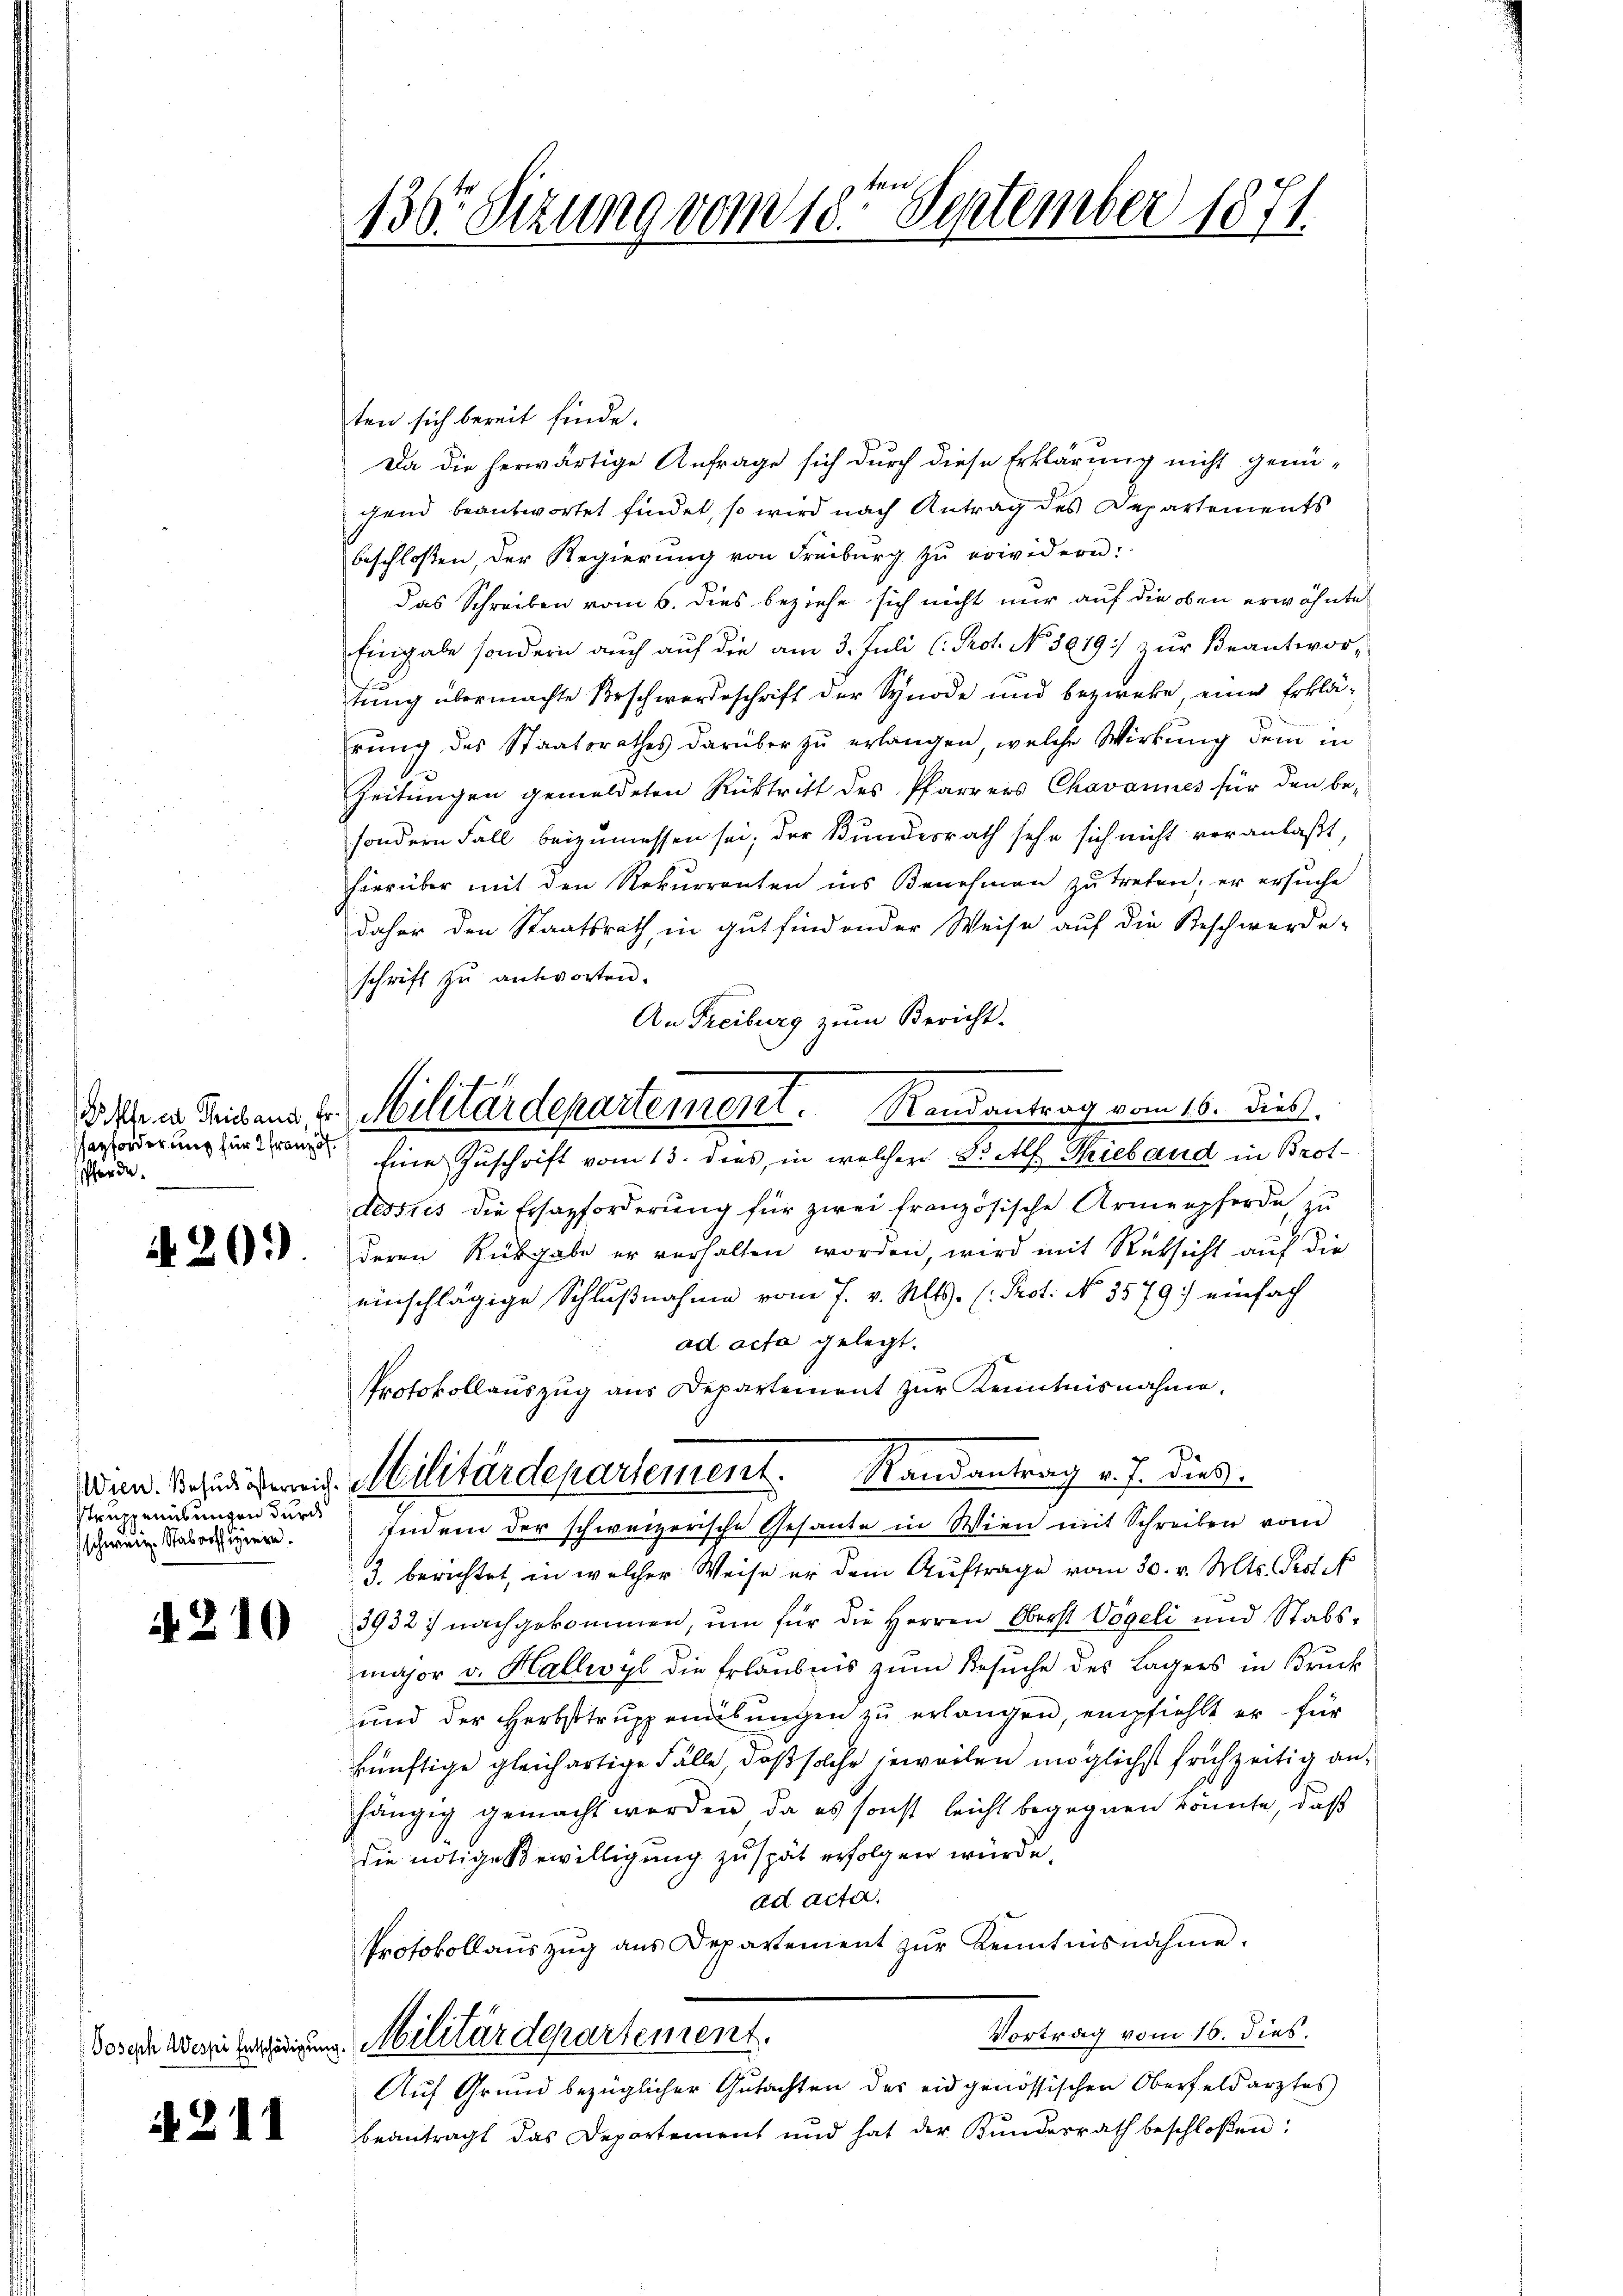
azforderung für 2 Französ.
fherde.

4. 209

struppenübungen durch
schweiz. Stabsoffiziere.

A 210

Joseph Wespei Entschädigung

A. 211

130r Sitzung vom 18ten September 1871.

ten sich bereit finde.
Da die herwärtige Anfrage sich durch diese Erklärung nicht genü-
gend beantwortet findet, so wird nach Antrag des Departements
beschlossen, der Regierung von Freiburg zu erwidern:
das Schreiben vom 6. dies beziehe sich nicht nur auf die oben erwähnte
Eingabe sondern auch auf die am 3. Juli (Prot. No. 5619:/ zur Beantwor-
tung übermachte Beschwerdeschrift der Synode und bezweke, eine Erklährung des Staatsrathes darüber zu erlangen, welche Wirkung dem in
Zeitungen gemeldeten Rücktritt des Pfarrers Chavannes für den be-
sondern Fall beizumessen sei; der Bundesrath sehe sich nicht veranlaßt,
hierüber mit den Rekurrenten ins Benehmen zu treten; er ersuche
daher den Staatsrath, in gut findender Weise auf die Beschwerde-
schrift zu antworten.
An Freiburg zum Bericht.
Eine Zuschrift vom 13. dies, in welcher Balf Tieband in Brot-
desstis die Ersazforderung für zwei französische Armenpferde zu
deren Rückgabe er verhalten worden, wird mit Rücksicht auf die
einschlägige Schlußnahme vom 7. v. Mts. (: Prot. No 3579) einfach
ad acta gelegt.
Protokollauszug aus Departement zur Kenntnisnahme,
en. Besuch gereit. Militärdepartement. Randantrag v. J. dies
Indem der schweizerische Gesante in Wien mit Schreiben vom
3. berichtet, in welcher Weise er dem Auftrage vom 30. v. Mts. Prof. F
3932) nachgekommen, um für die Herren Oberst Vögeli und Stabs-
major v. Hallwyl die Erlaubnis zum Besuche des Lagers in Bruck
und der Herbsttrŭppenabŭngen zŭ erlangen, empfiehlt er für
künftige gleichartige Fälle, daß solche jeweilen möglichst frühzeitig anhängig gemacht worden, da es sonst leicht begegnen könnte, daß
die nötige Bewilligung zu spät erfolgen würde.
ad acta.
Protokollaŭszŭg aŭs Departement zŭr Kenntnisnahme.
Vortrag vom 16. dies.
Militärdepartement.
Auf Grund bezüglicher Gutachten des eidgenössischen Oberfeldarztes
beantragt das Departement und hat der Bŭndesrath beschloßen:

dir in Leibens, u. Militärdepartement. Randantrag vom 16. dieß.